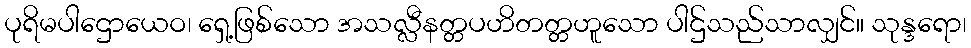
ပုရိမပါဌောယေဝ၊ ရှေ့ဖြစ်သော အသလ္လီနတ္တပဟိတတ္တဟူသော ပါဌ်သည်သာလျှင်။ သုန္ဒရော၊